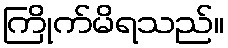
ကြိုက်မိရသည်။